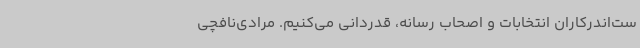
ست‌اندرکاران انتخابات و اصحاب رسانه، قدردانی می‌کنیم. مرادی‌نافچی